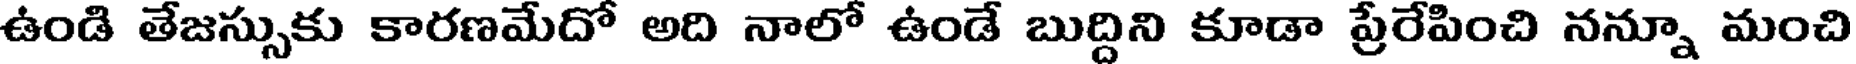
ఉండి తేజస్సుకు కారణమేదో అది నాలో ఉండే బుద్దిని కూడా ప్రేరేపించి నన్నూ మంచి